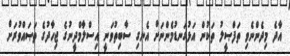
އާދެ މިދެންނެވި ތަފްޞީލު ތަކުން އަޅުގަނޑުމެންނަށް އެނގި ސާބިތުވަނީ އިސްލާމްދީނުގެ ޖިހާދުގެ ތަޞައްވުރަށް